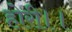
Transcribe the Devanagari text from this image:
होरी।।